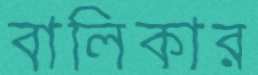
বালিকার